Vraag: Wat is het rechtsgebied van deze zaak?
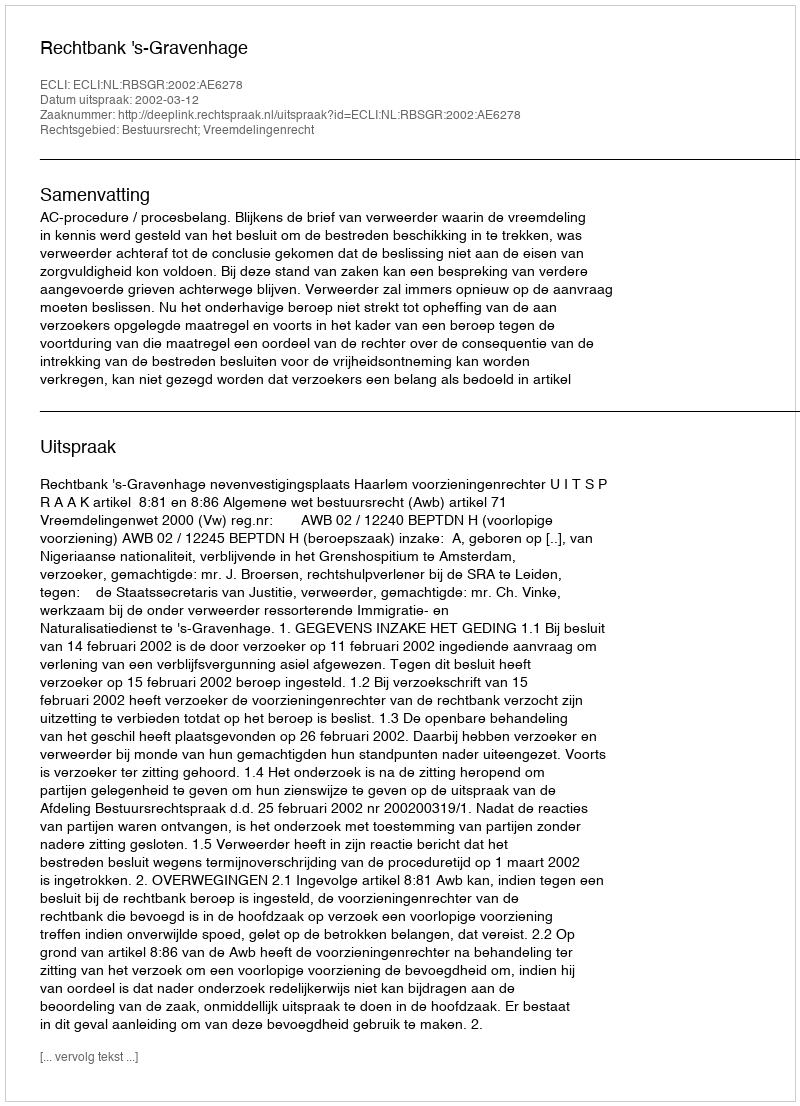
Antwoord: Bestuursrecht; Vreemdelingenrecht